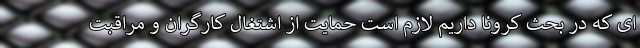
ای که در بحث کرونا داریم لازم است حمایت از اشتغال کارگران و مراقبت